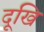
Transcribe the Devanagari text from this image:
दूखि